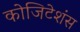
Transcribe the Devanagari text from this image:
कोजिटेशंस